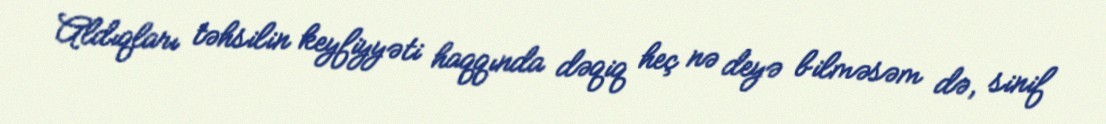
Aldıqları təhsilin keyfiyyəti haqqında dəqiq heç nə deyə bilməsəm də, sinif